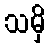
သမှိ